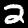
Digit: 2